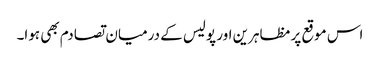
اس موقع پر مظاہرین اور پولیس کے درمیان تصادم بھی ہوا۔